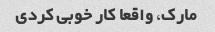
مارک، واقعا کار خوبی کردی